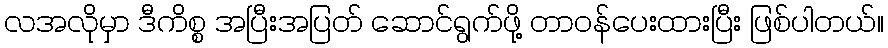
လအလိုမှာ ဒီကိစ္စ အပြီးအပြတ် ဆောင်ရွက်ဖို့ တာဝန်ပေးထားပြီး ဖြစ်ပါတယ်။